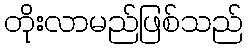
တိုးလာမည်ဖြစ်သည်